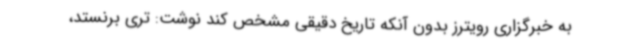
به خبرگزاری رویترز بدون آنکه تاریخ دقیقی مشخص کند نوشت: تری برنستد،